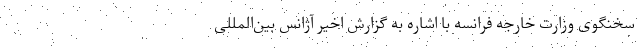
سخنگوی وزارت خارجه فرانسه با اشاره به گزارش اخیر آژانس بین‌المللی